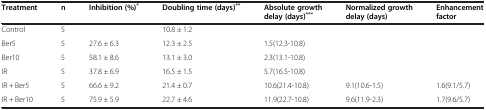
<table><thead><tr><td><b>Treatment</b></td><td><b>n</b></td><td><b>Inhibition (%)<sup>*</sup></b></td><td><b>Doubling time (days)<sup>**</sup></b></td><td><b>Absolute growth delay (days)<sup>***</sup></b></td><td><b>Normalized growth delay (days)</b></td><td><b>Enhancement factor</b></td></tr></thead><tbody><tr><td>Control</td><td>5</td><td> </td><td>10.8 ± 1.2</td><td> </td><td> </td><td> </td></tr><tr><td>Ber5</td><td>5</td><td>27.6 ± 6.3</td><td>12.3 ± 2.5</td><td>1.5(12.3-10.8)</td><td> </td><td> </td></tr><tr><td>Ber10</td><td>5</td><td>58.1 ± 8.6</td><td>13.1 ± 3.0</td><td>2.3(13.1-10.8)</td><td> </td><td> </td></tr><tr><td>IR</td><td>5</td><td>37.8 ± 6.9</td><td>16.5 ± 1.5</td><td>5.7(16.5-10.8)</td><td> </td><td> </td></tr><tr><td>IR + Ber5</td><td>5</td><td>66.6 ± 9.2</td><td>21.4 ± 0.7</td><td>10.6(21.4-10.8)</td><td>9.1(10.6-1.5)</td><td>1.6(9.1/5.7)</td></tr><tr><td>IR + Ber10</td><td>5</td><td>75.9 ± 5.9</td><td>22.7 ± 4.6</td><td>11.9(22.7-10.8)</td><td>9.6(11.9-2.3)</td><td>1.7(9.6/5.7)</td></tr></tbody></table>